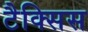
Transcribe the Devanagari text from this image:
टैक्सिस